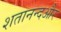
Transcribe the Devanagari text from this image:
शतानन्दऔर